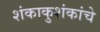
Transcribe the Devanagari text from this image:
शंकाकुशंकांचे